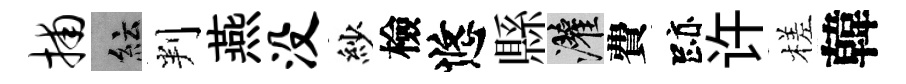
捕紜判燕没紗檢悠縣灌費跡许槎韓